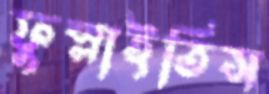
ফুস্‌লাইতিস